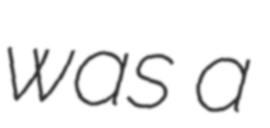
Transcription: was a